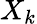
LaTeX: X_{k}